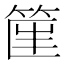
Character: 𥮟